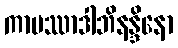
ကာမဿာဒါဘိနန္ဒိနော